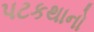
પટકથાનો